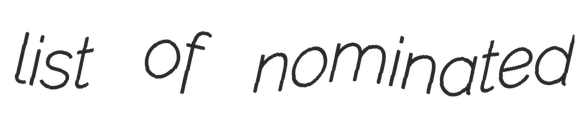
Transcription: list of nominated